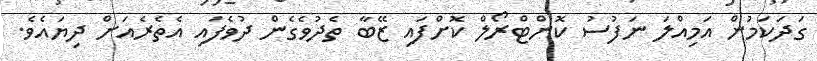
ގަދަކަމުން އަމިއްލަ ނަފުސު ކޮންޓްރޯލް ކޮށްފައި ޒޭބާ ތެދުވެގެން ދުވެފައި އެތެރެއަށް ދިޔައެވެ.